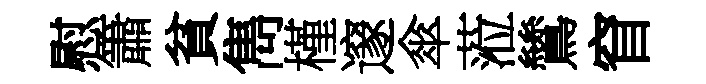
慰簫貧雋槿邃傘蒞鷥窅